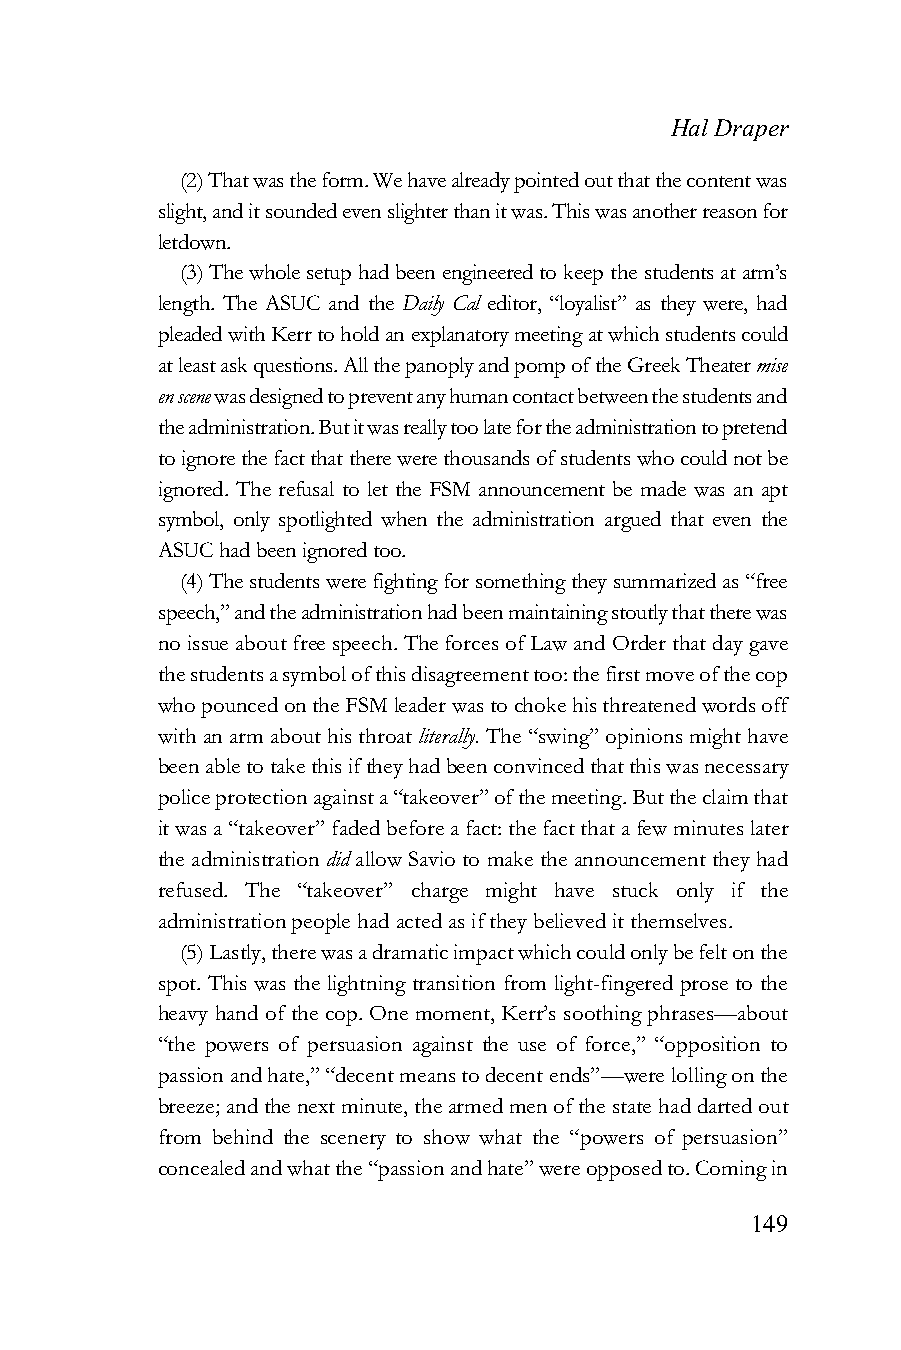
Hal Draper
 (2) That was the form. We have already pointed out that the content was
 slight, and it sounded even slighter than it was. This was another reason for
 letdown.
 (3) The whole setup had been engineered to keep the students at arm’s
 length. The ASUC and the Daily Cal editor, “loyalist” as they were, had
 pleaded with Kerr to hold an explanatory meeting at which students could
 at least ask questions. All the panoply and pomp of the Greek Theater mise
 en scene was designed to prevent any human contact between the students and
 the administration. But it was really too late for the administration to pretend
 to ignore the fact that there were thousands of students who could not be
 ignored. The refusal to let the FSM announcement be made was an apt
 symbol, only spotlighted when the administration argued that even the
 ASUC had been ignored too.
 (4) The students were fighting for something they summarized as “free
 speech,” and the administration had been maintaining stoutly that there was
 no issue about free speech. The forces of Law and Order that day gave
 the students a symbol of this disagreement too: the first move of the cop
 who pounced on the FSM leader was to choke his threatened words off
 with an arm about his throat literally. The “swing” opinions might have
 been able to take this if they had been convinced that this was necessary
 police protection against a “takeover” of the meeting. But the claim that
 it was a “takeover” faded before a fact: the fact that a few minutes later
 the administration did allow Savio to make the announcement they had
 refused. The “takeover” charge might have stuck only if the
 administration people had acted as if they believed it themselves.
 (5) Lastly, there was a dramatic impact which could only be felt on the
 spot. This was the lightning transition from light-fingered prose to the
 heavy hand of the cop. One moment, Kerr’s soothing phrases—about
 “the powers of persuasion against the use of force,” “opposition to
 passion and hate,” “decent means to decent ends”—were lolling on the
 breeze; and the next minute, the armed men of the state had darted out
 from behind the scenery to show what the “powers of persuasion”
 concealed and what the “passion and hate” were opposed to. Coming in
 149